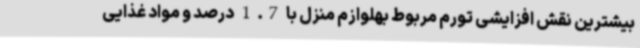
بیشترین نقش افزایشی تورم مربوط بهلوازم منزل با 1.7 درصد و مواد غذایی